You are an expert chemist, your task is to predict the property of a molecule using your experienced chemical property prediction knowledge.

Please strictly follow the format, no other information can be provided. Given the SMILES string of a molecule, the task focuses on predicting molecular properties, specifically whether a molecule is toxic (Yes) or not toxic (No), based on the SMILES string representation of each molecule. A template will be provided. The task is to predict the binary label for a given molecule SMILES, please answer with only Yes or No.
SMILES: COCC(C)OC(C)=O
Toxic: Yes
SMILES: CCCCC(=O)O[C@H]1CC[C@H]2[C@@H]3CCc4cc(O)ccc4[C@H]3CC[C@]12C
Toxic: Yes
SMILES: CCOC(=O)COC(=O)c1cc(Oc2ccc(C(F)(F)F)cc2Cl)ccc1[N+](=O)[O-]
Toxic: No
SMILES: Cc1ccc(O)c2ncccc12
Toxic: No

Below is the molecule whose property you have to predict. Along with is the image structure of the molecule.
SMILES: CCn1cc[n+](C)c1
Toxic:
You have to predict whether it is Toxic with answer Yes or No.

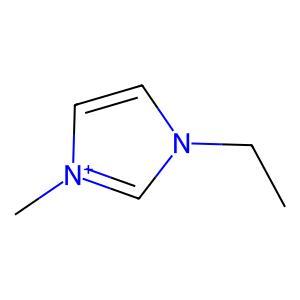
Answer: No